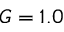
G = 1 . 0